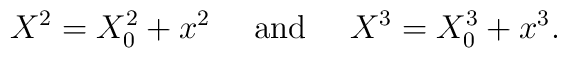
X^2=X^2_0 + x^2 \ \ \ \ {\rm and}\ \ \ \ X^3=X^3_0 + x^3.